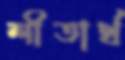
শীতার্থ